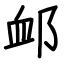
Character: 䘏